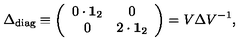
\Delta _ { \mathrm { d i a g } } \equiv \left( \begin{array} { c c } { 0 \cdot { \bf 1 } _ { 2 } } & { 0 } \\ { 0 } & { 2 \cdot { \bf 1 } _ { 2 } } \\ \end{array} \right) = V \Delta V ^ { - 1 } ,